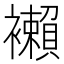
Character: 襰